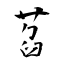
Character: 萏